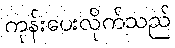
ကုန်းပေးလိုက်သည်